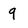
Character: 9